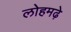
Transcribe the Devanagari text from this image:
लोहमढ़े